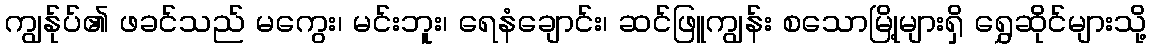
ကျွန်ုပ်၏ ဖခင်သည် မကွေး၊ မင်းဘူး၊ ရေနံချောင်း၊ ဆင်ဖြူကျွန်း စသောမြို့များရှိ ရွှေဆိုင်များသို့